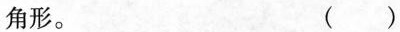
角形。 ( )